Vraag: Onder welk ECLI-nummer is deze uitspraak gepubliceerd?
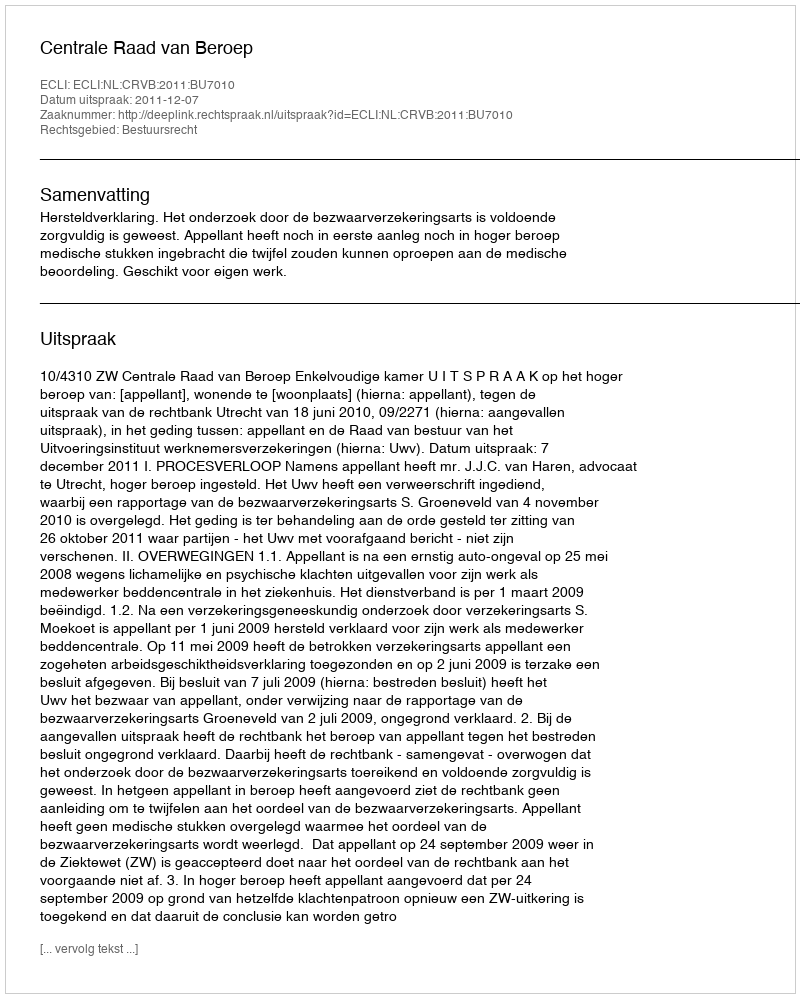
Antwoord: ECLI:NL:CRVB:2011:BU7010